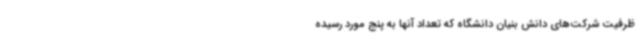
ظرفیت شرکت‌های دانش بنیان دانشگاه که تعداد آنها به پنج مورد رسیده